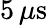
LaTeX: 5\, \mu\textrm{s}